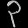
Digit: ၃